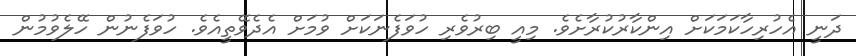
ދަނީ އެހުރިހާކަމަކަށް އިންކާރުކުރާށެވެ. މިއީ ބިރުވެރި ހުވަފެނަކަށް ވުމަށް އެދެވޭތީއެވެ. ހުވަފެނުން ހޭލެވުމުން